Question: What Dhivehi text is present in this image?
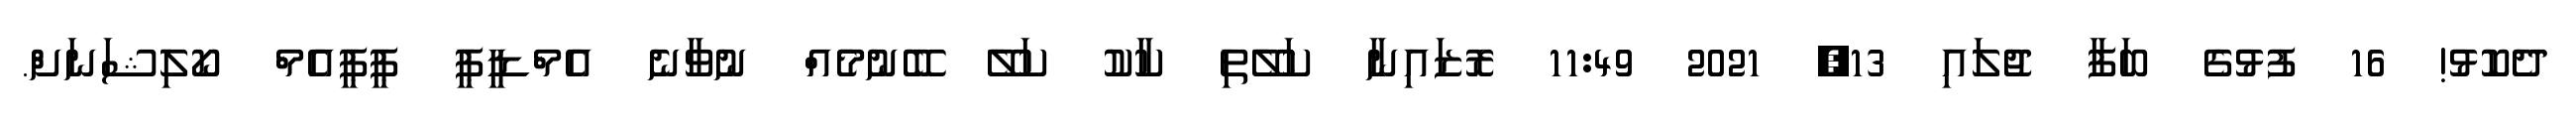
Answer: ދެކޮޅު! 16 ފުޅުގެ ބަފާ ޖުލައި 13, 2021 11:49 ރޮޒައިނާ ކަލޭތި ކާކު ކަލޭ ބޭނުމެއް ނުވާނެ އެމްޑީޕީ ޕީޕީއެމް ކޯލިޝަނަށް.